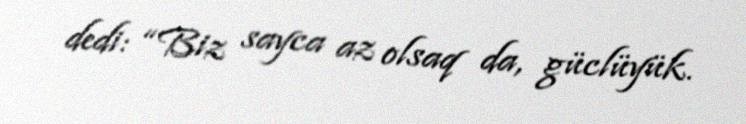
dedi: “Biz sayca az olsaq da, güclüyük.